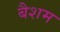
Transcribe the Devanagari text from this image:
बैशम